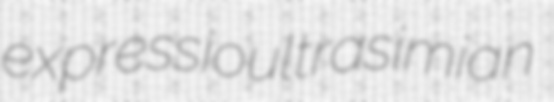
expressio ultrasimian